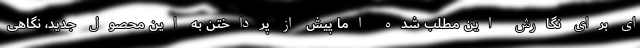
ای برای نگارش این مطلب شده اما پیش از پرداختن به این محصول جدید، نگاهی